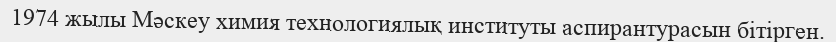
1974 жылы Мәскеу химия технологиялық институты аспирантурасын бітірген.